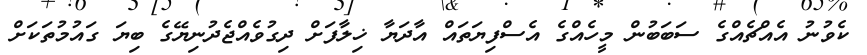
ކެވުނު އެއްޗެއްގެ ސަބަބުން މީހެއްގެ އެސްފިޔަތައް އާދަޔާ ޚިލާފަށް ދިގުވެއްޖެދުނިޔޭގެ ބިޔަ ގައުމުތަކަށް